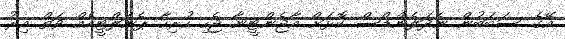
އޭގެ ސަބަބުން ނެދަލެންޑްސް ކޮޅަށް އާޖެންޓީނާ ޖެހި ހުރިހާ ޕެނަލްޓީއެއް ވަތް އިރު